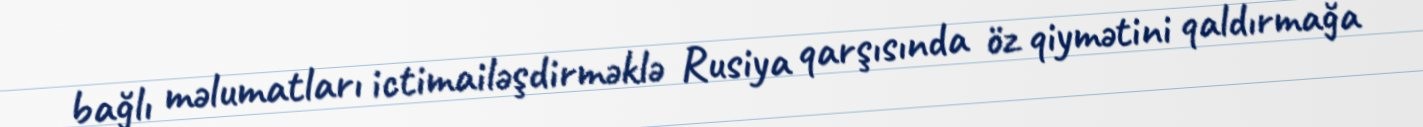
bağlı məlumatları ictimailəşdirməklə Rusiya qarşısında öz qiymətini qaldırmağa